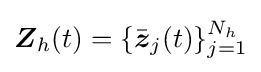
{\boldsymbol {Z}}_{h}(t)=\{{\bar {\boldsymbol {z}}}_{j}(t)\}_{j=1}^{N_{h}}